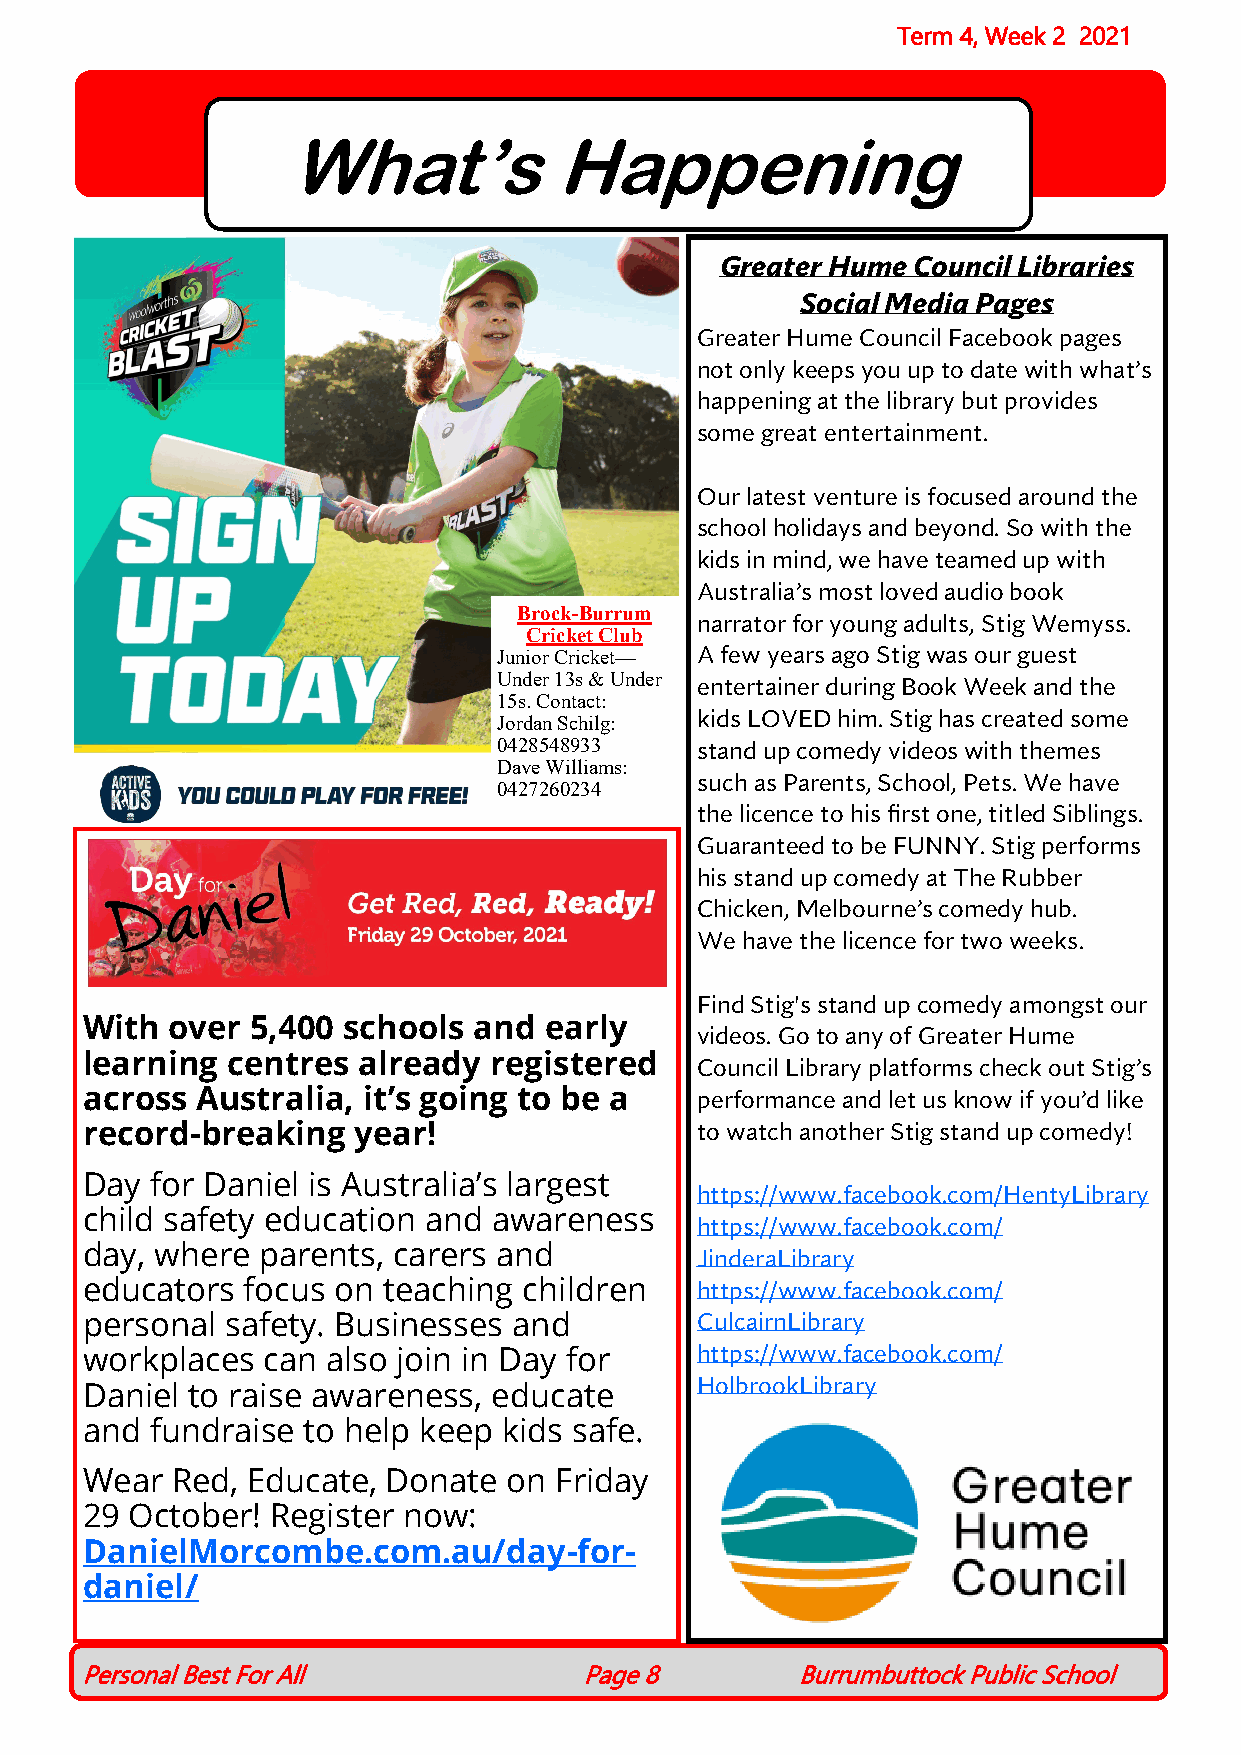
Term 4, Week 2 2021
 What’s            Happening
 Greater Hume Council Libraries
 Social Media Pages
 Greater Hume Council Facebook pages
 not only keeps you up to date with what’s
 happening at the library but provides
 some great entertainment.
 Our latest venture is focused around the
 school holidays and beyond. So with the
 kids in mind, we have teamed up with
 Australia’s most loved audio book
 Brock-Burrum
 narrator for young adults, Stig Wemyss.
 Cricket Club
 Junior Cricket— A few years ago Stig was our guest
 Under 13s & Under entertainer during Book Week and the
 15s. Contact:
 kids LOVED him. Stig has created some
 Jordan Schilg:
 0428548933   stand up comedy videos with themes
 Dave Williams:
 such as Parents, School, Pets. We have
 0427260234
 the licence to his first one, titled Siblings.
 Guaranteed to be FUNNY. Stig performs
 his stand up comedy at The Rubber
 Chicken, Melbourne’s comedy hub.
 We have the licence for two weeks.
 Find Stig's stand up comedy amongst our
 With  over  5,400 schools and  early
 videos. Go to any of Greater Hume
 learning  centres  already registered
 Council Library platforms check out Stig’s
 across  Australia, it’s going to be a    performance and let us know if you’d like
 record-breaking   year!                  to watch another Stig stand up comedy!
 Day  for Daniel is Australia’s largest
 https://www.facebook.com/HentyLibrary
 child safety education and  awareness
 https://www.facebook.com/
 day, where  parents, carers and
 JinderaLibrary
 educators  focus on teaching  children   https://www.facebook.com/
 personal  safety. Businesses and         CulcairnLibrary
 workplaces  can  also join in Day for    https://www.facebook.com/
 HolbrookLibrary
 Daniel to raise awareness,  educate
 and  fundraise to help keep kids safe.
 Wear  Red, Educate,  Donate  on Friday
 29  October! Register now:
 DanielMorcombe.com.au/day-for-
 daniel/
 Personal Best For All             Page 8        Burrumbuttock Public School